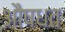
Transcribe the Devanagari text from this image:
औषधत